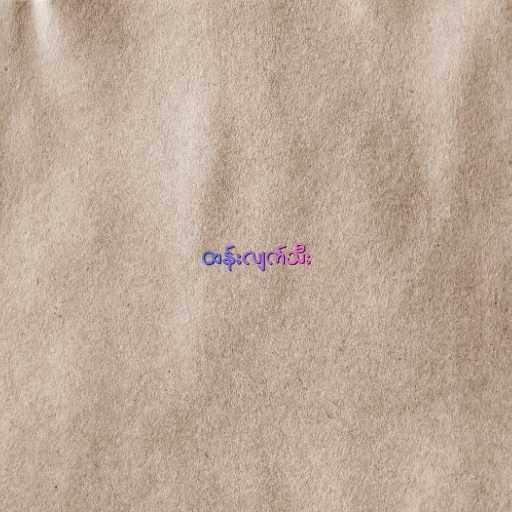
ထန်းလျက်သီး